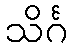
သိင်္ဂ